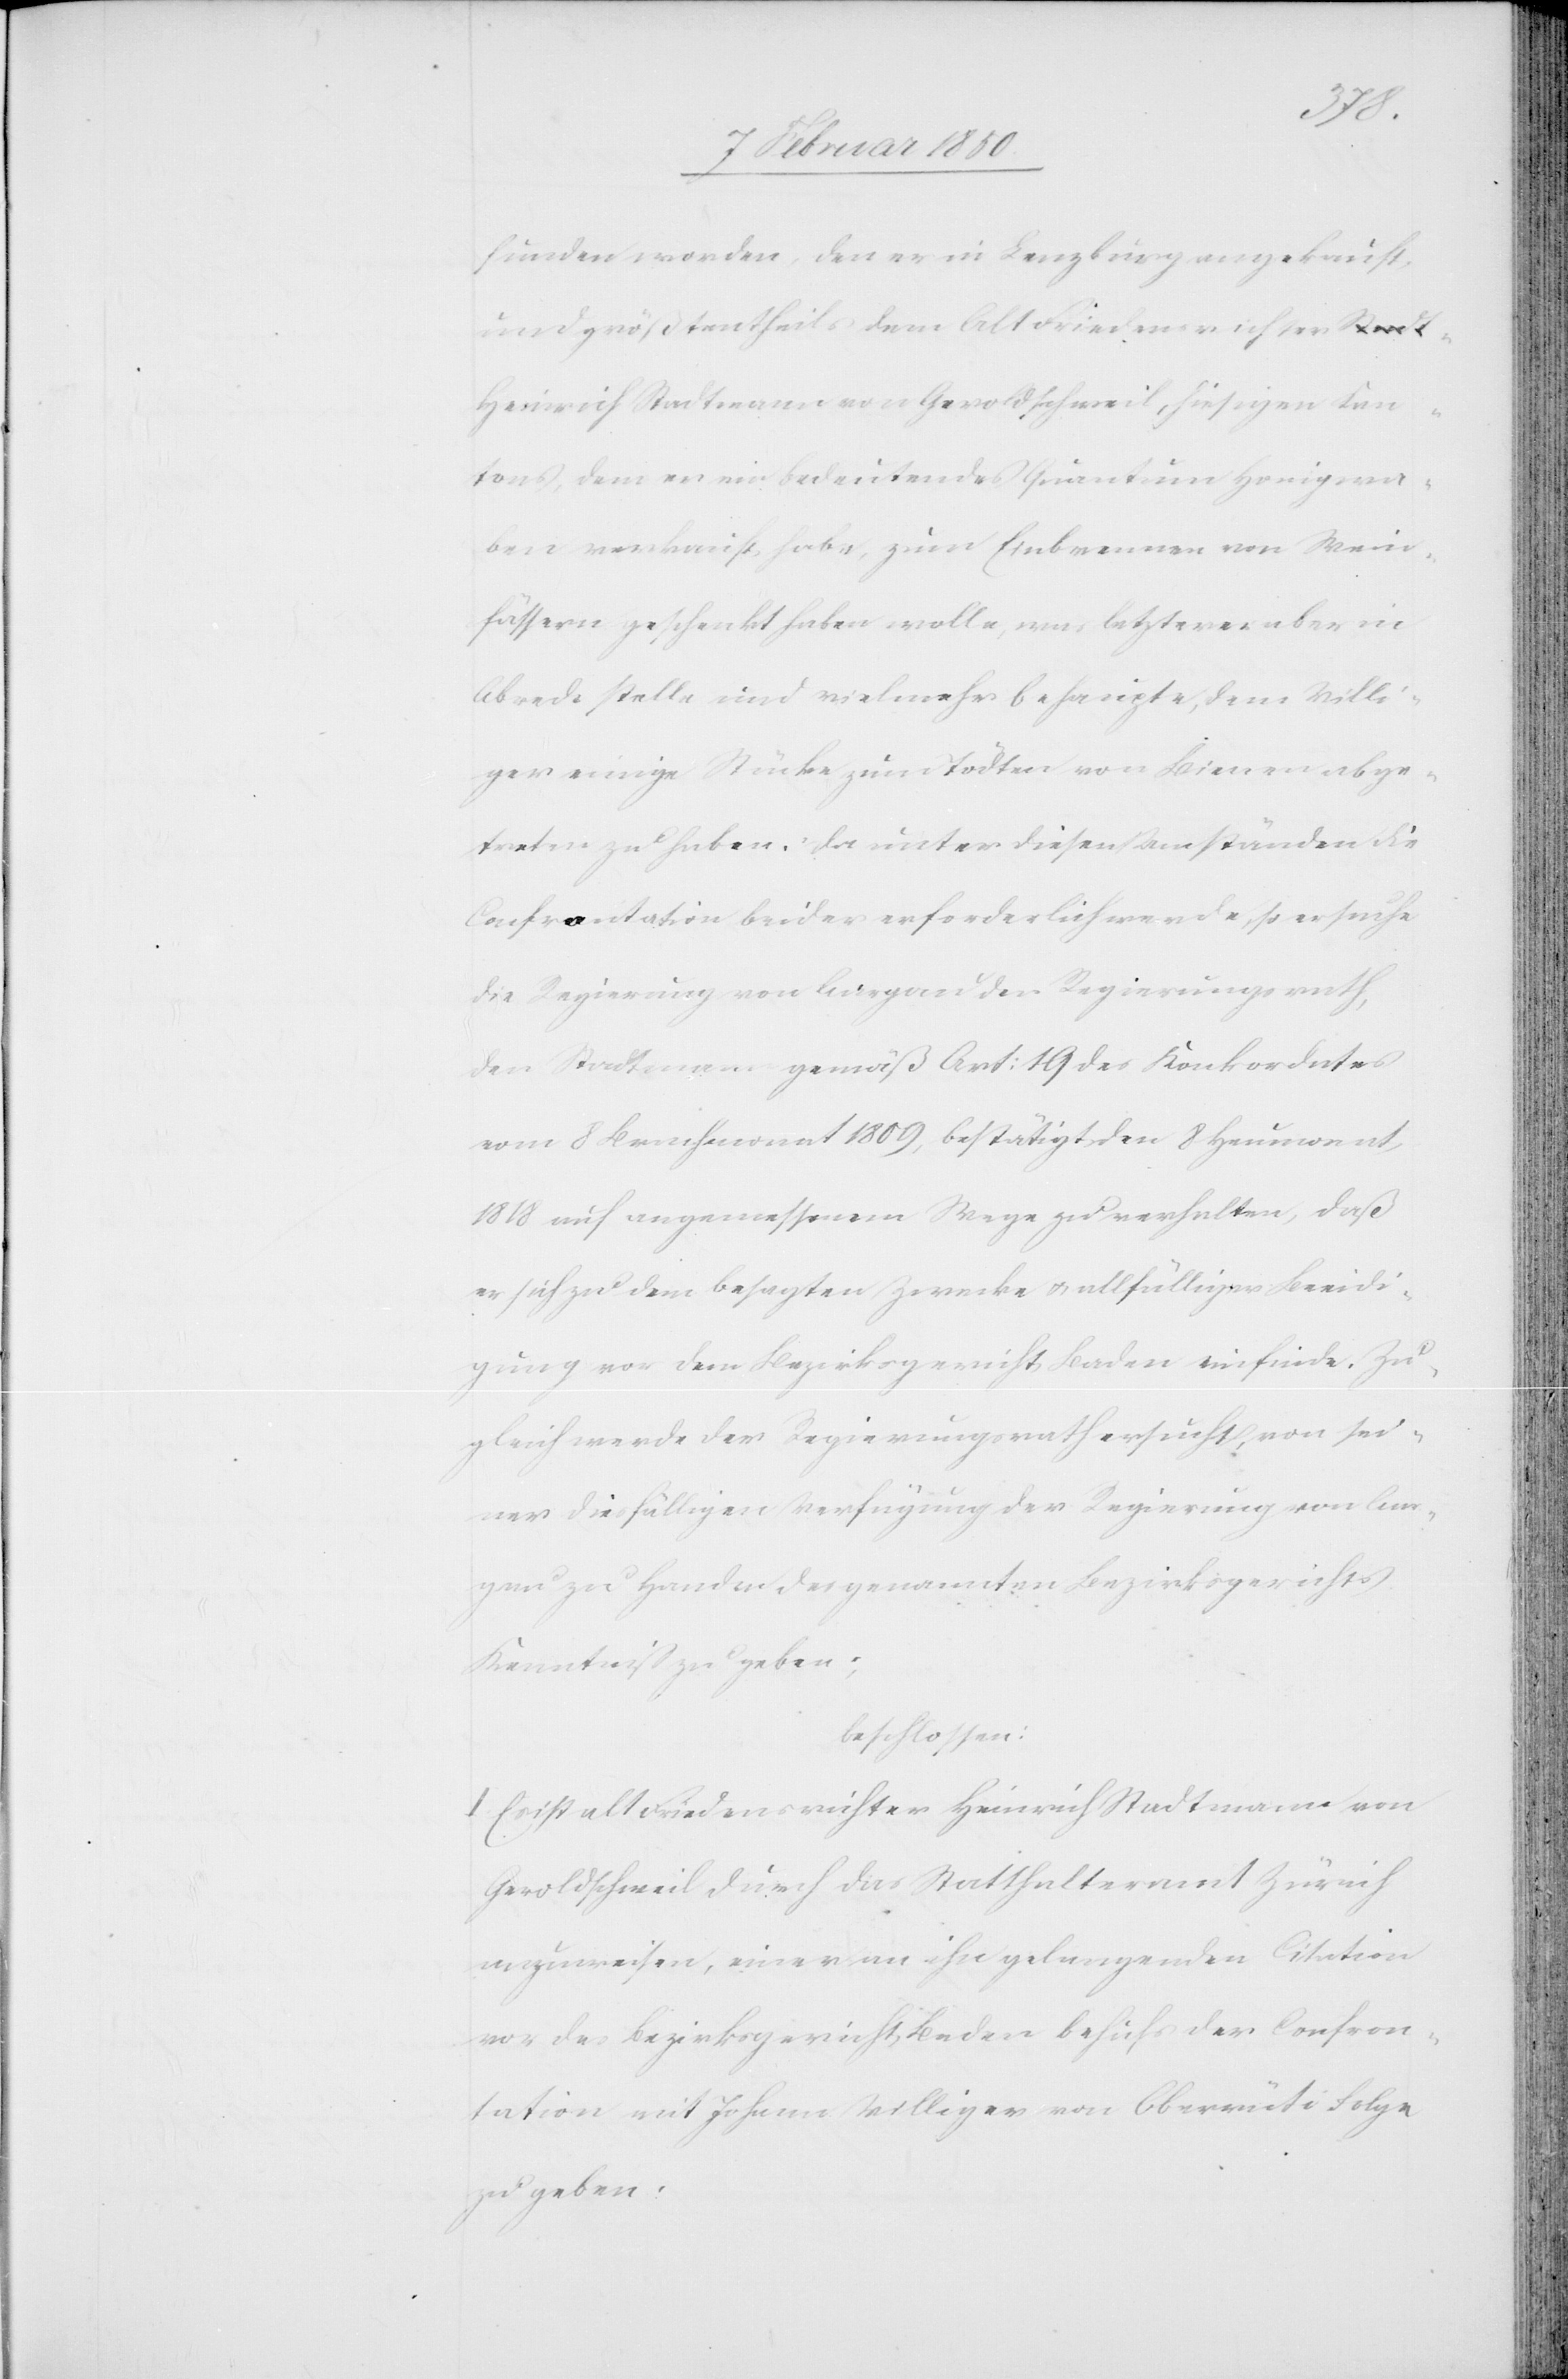
funden worden, den er in Lenzburg angekauft
und größtentheils dem Alt Friedensrichter
Heinrich Stadtmann von Geroldschweil, hiesigen Kan¬
tons, dem er ein bedeutendes Quantum Honigwa¬
ben verkauft habe, zum Einbrennen von Wein¬
fässern geschenkt haben wolle, was letzterer aber in
Abrede stelle und vielmehr behaupte, dem Villi¬
ger einige Stücke zum tödten von Bienen abge¬
treten zu haben. Da unter diesen Umständen die
Confrontation beider erforderlich werde, so ersuche
die Regierung von Aargau den Regierungsrath,
den Stadtmann gemäß Art: 19 des Konkordates
vom 8 Brachmonat 1809, bestätigt den 8 Heumonat
1818 auf angemessenem Wege zu verhalten, daß
er sich zu dem besagten Zwecke u. allfälliger Beeidi¬
gung vor dem Bezirksgericht Baden einfinde. Zu¬
gleich werde der Regierungsrath ersucht, von sei¬
ner diesfälligen Verfügung der Regierung von Aar¬
gau zu Handen des genannten Bezirksgerichtes
Kenntniß zu geben;
beschlossen:
I. Es ist alt Friedensrichter Heinrich Stadtmann von
Geroldschweil durch das Statthalteramt Zürich
anzuweisen, einer an ihn gelangenden Citation
vor das Bezirksgericht Baden behufs der Confron¬
tation mit Johann Villiger von Oberrüti Folge
zu geben.